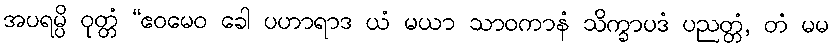
အပရမ္ပိ ဝုတ္တံ “ဧဝမေဝ ခေါ ပဟာရာဒ ယံ မယာ သာဝကာနံ သိက္ခာပဒံ ပညတ္တံ, တံ မမ